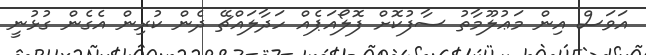
އަވަސް އިން މަޢުލޫމާތު ސާފުކޮށް ފޮލޯއަޕެއް ހަދާލައްޗޭ ދެން ކުރިން އެގެން ގުޅުނީ